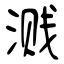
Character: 溅